Reports on military cantonments and civil stations in the Presidency of Bombay inspected by the Sanitary Commissioner in the years 1875 and 1876
Year: 1875
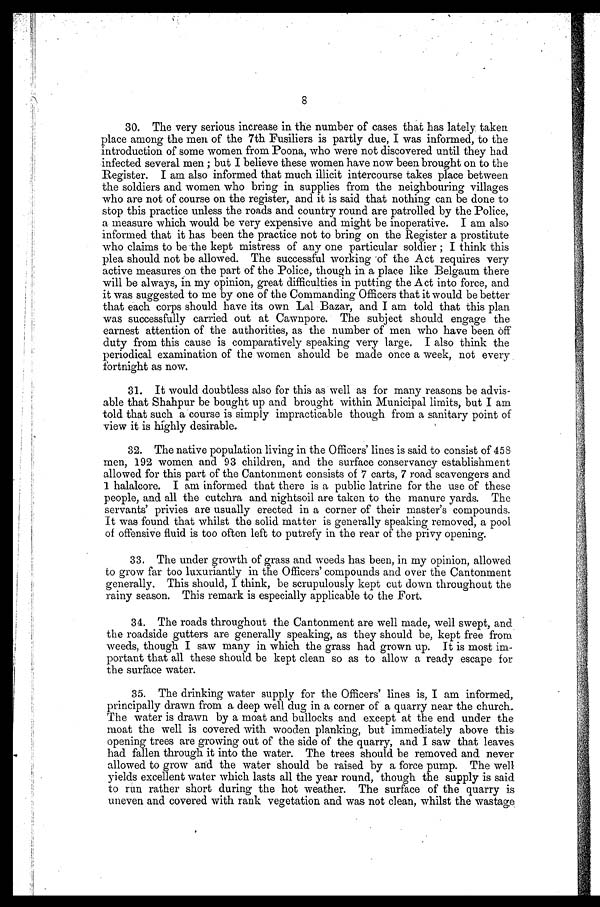
8
30. The very serious increase in the number of cases that has lately taken
place among the men of the 7th Fusiliers is partly due, I was informed, to the
introduction of some women from Poona, who were not discovered until they had
infected several men ; but I believe these women have now been brought on to the
Register. I am also informed that much illicit intercourse takes place between
the soldiers and women who bring in supplies from the neighbouring villages
who are not of course on the register, and it is said that nothing can be done to
stop this practice unless the roads and country round are patrolled by the Police,
a measure which would be very expensive and might be inoperative. I am also
informed that it has been the practice not to bring on the Register a prostitute
who claims to be the kept mistress of any one particular soldier ; I think this
plea should not be allowed. The successful working of the Act requires very
active measures on the part of the Police, though in a place like Belgaum there
will be always, in my opinion, great difficulties in putting the Act into force, and
it was suggested to me by one of the Commanding Officers that it would be better
that each corps should have its own Lal Bazar, and I am told that this plan
was successfully carried out at Cawnpore. The subject should engage the
earnest attention of the authorities, as the number of men who have been off
duty from this cause is comparatively speaking very large. I also think the
periodical examination of the women should be made once a week, not every
fortnight as now.
31. It would doubtless also for this as well as for many reasons be advis
- a b l e t h a t S h a h p u r b e b o u g h t u p a n d b r o u g h t w i t h i n M u n i c i p a l l i m i t s , b u t I a m
told that such a course is simply impracticable though from a sanitary point of
view it is highly desirable.
32. The native population living in the Officers' lines is said to consist of 458
men, 192 women and 93 children, and the surface conservancy establishment
allowed for this part of the Cantonment consists of 7 carts, 7 road scavengers and
1 halalcore. I am informed that there is a public latrine for the use of these
people, and all the cutchra and nightsoil are taken to the manure yards. The
servants' privies are usually erected in a corner of their master's compounds.
It was found that whilst the solid matter is generally speaking removed, a pool
of offensive fluid is too often left to putrefy in the rear of the privy opening.
33. The under growth of grass and weeds has been, in my opinion, allowed
to grow far too luxuriantly in the Officers' compounds and over the Cantonment
generally. This should, I think, be scrupulously kept cut down throughout the
rainy season. This remark is especially applicable to the Fort.
34. The roads throughout the Cantonment are well made, well swept, and
the roadside gutters are generally speaking, as they should be, kept free from
weeds, though I saw many in which the grass had grown up. It is most im-
portant that all these should be kept clean so as to allow a ready escape for
the surface water.
35. The drinking water supply for the Officers' lines is, I am informed,
principally drawn from a deep well dug in a corner of a quarry near the church.
The water is drawn by a moat and bullocks and except at the end under the
moat the well is covered with wooden planking, but immediately above this
opening trees are growing out of the side of the quarry, and I saw that leaves
had fallen through it into the water. The trees should be removed and never
allowed to grow and the water should be raised by a force pump. The well
yields excellent water which lasts all the year round, though the supply is said
to run rather short during the hot weather. The surface of the quarry is
uneven and covered with rank vegetation and was not clean, whilst the wastage